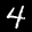
Label: 4